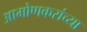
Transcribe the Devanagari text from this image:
आमोणकरांच्या